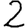
Digit: 2